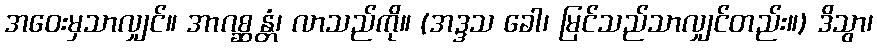
အဝေးမှသာလျှင်။ အာဂစ္ဆန္တံ၊ လာသည်ကို။ (အဒ္ဒသ ခေါ၊ မြင်သည်သာလျှင်တည်း။) ဒိသွာ၊